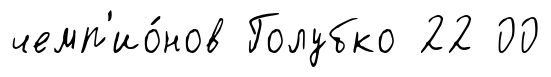
чемп'ио́нов Голубко 22 00